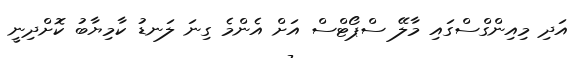
އަދި މިއިންގްސްގައި މާލޭ ސްޕޯޓްސް އަށް އެންމެ ގިނަ ލަނޑު ކާމިޔާބު ކޮށްދިނީ